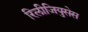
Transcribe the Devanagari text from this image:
रिलीजियुसेस